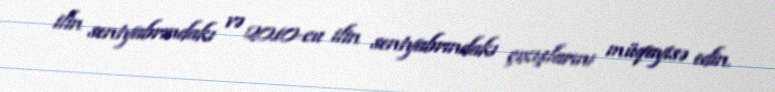
ilin sentyabrındakı və 2010-cu ilin sentyabrındakı çıxışlarını müqayisə edin.